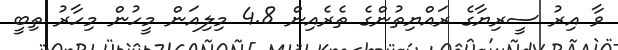
ވާ އިރު ސީރިޔާގެ ރައްޔިތުންގެ ތެރެއިން 4.8 މިލިއަން މީހުން މިހާރު ތިބީ